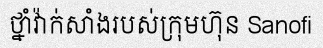
ថ្នាំវ៉ាក់សាំងរបស់ក្រុមហ៊ុន Sanofi